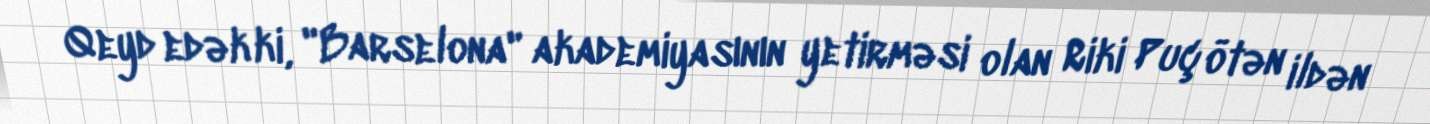
Qeyd edək ki, "Barselona" akademiyasının yetirməsi olan Riki Puç ötən ildən